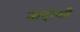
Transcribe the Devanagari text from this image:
नादाशी